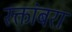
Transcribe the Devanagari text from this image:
रक्तांबरा